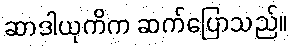
ဆာဒါယုကိက ဆက်ပြောသည်။